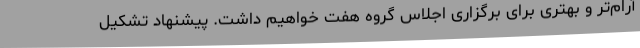
آرام‌تر و بهتری برای برگزاری اجلاس گروه هفت خواهیم داشت. پیشنهاد تشکیل